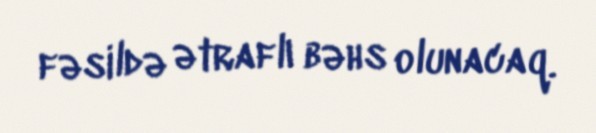
fəsildə ətraflı bəhs olunacaq.